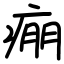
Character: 痭